system: You are a helpful assistant.
user:
Analyze the provided spectrum to determine if it is a **"Cataclysmic Variables (CV)"**.

- **Key Indicators for CV (Check for either state):**
    - **State 1: Quiescent / Low-State (Emission-Dominated)**
        - **(Primary):** Strong and *very broad* Hydrogen Balmer emission lines (e.g., $H\alpha$ at 6563 Å, $H\beta$ at 4861 Å). The 'broadness' (high velocity dispersion, often FWHM > 1000 km/s) is the key diagnostic, indicating a high-velocity accretion disk.
        - **(Secondary):** Broad neutral Helium (He I) emission lines (e.g., 5876 Å, 6678 Å).
        - **(Key Confirmation):** Presence of high-excitation *ionized* Helium (He II) emission at 4686 Å. This is a strong indicator of accretion onto a white dwarf.
        - **(Line Profile):** Emission lines may exhibit a 'double-peaked' profile, which is a classic signature of a rotating accretion disk viewed at high inclination.

    - **State 2: Outburst / High-State (Absorption-Dominated)**
        - **(Primary):** Spectrum is dominated by a bright, blue continuum (looks like a hot star).
        - **(Secondary):** The emission lines from State 1 are weak, absent, or 'filled in', and are replaced by broad, shallow *absorption* lines (primarily Balmer and He I).
        - **(Morphology):** The overall spectrum mimics a hot B/A-type star. The crucial difference is that the absorption lines are significantly broader, shallower, and more 'washed-out' (or 'smeared') than the sharp lines of a normal stellar photosphere, due to high rotational speeds and pressure broadening in the disk.

Think first, call **spectral_visualization_tool** if needed to examine features in detail, then provide your final answer. Your response must adhere to the following strict rules:
1.  **Overall Structure:** Your response must follow the format `<think>...</think> <tool_call>...</tool_call> (if a tool is used) <answer>...</answer>`.
2.  **Tool Usage Constraint:** You may only make **one** tool call per turn.
3.  **Final Answer Format:** In the `<answer>` tag, your conclusion must be inside a `\boxed{}` command (e.g., `\boxed{YES}`), followed by your justification.

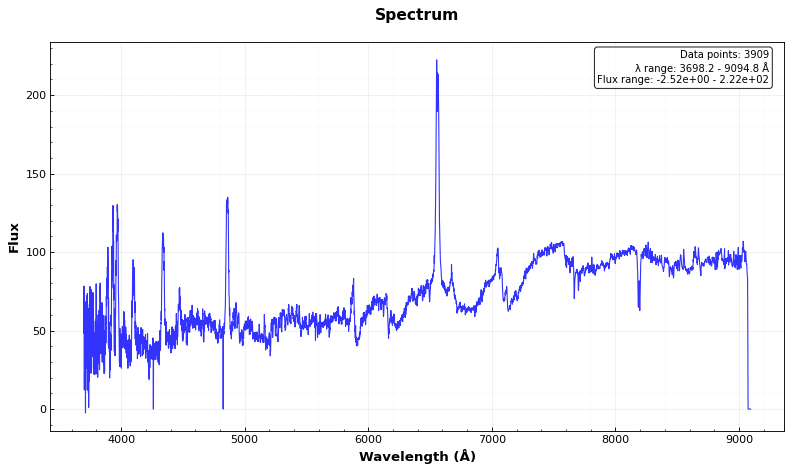
Answer: YES